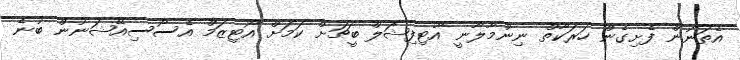
އެތަނުން ފެށިގެން ހަރަކާތް ނިންމާލާނީ އާޓިފިޝަލް ބީޗަށް ކަމަށް އޯޓިޒަމް އެސޯސިއޭޝަނުން ބުނެ